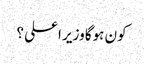
کون ہوگا وزیر اعلی ؟